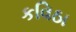
કવિઠા